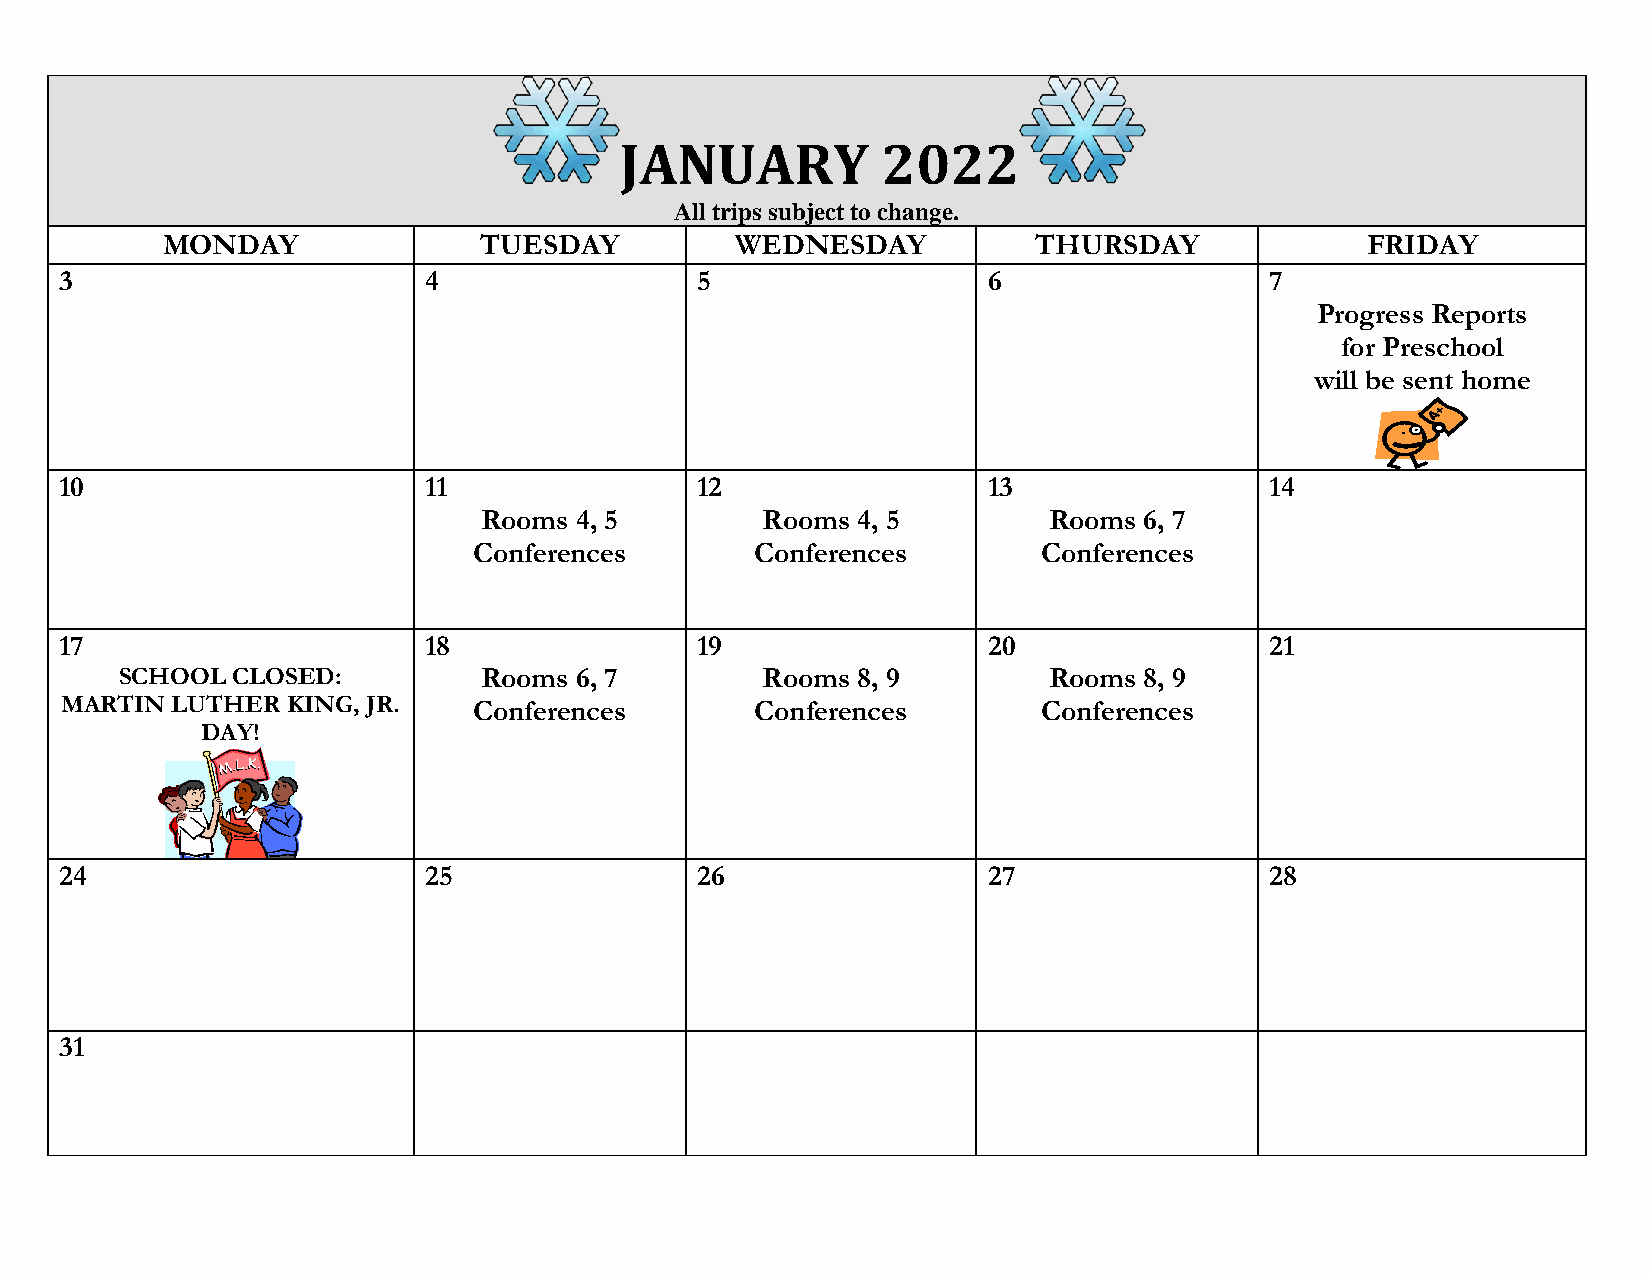
JANUARY          2022
 All trips subject to change.
 MONDAY               TUESDAY          WEDNESDAY           THURSDAY             FRIDAY
 3                       4                 5                  6                  7
 Progress Reports
 for Preschool
 will be sent home
 10                      11                12                 13                 14
 Rooms 4, 5        Rooms  4, 5        Rooms  6, 7
 Conferences        Conferences        Conferences
 17                      18                19                 20                 21
 SCHOOL CLOSED:          Rooms 6, 7        Rooms  8, 9        Rooms  8, 9
 MARTIN LUTHER  KING, JR.   Conferences        Conferences        Conferences
 DAY!
 24                      25                26                 27                 28
 31